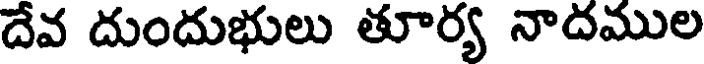
దేవ దుందుభులు తూర్య నాదముల